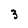
Character: 3